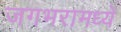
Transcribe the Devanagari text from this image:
जगभरामध्ये